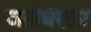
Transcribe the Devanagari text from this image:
जलंधरला